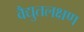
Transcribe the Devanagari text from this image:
वैद्युतलक्षण